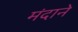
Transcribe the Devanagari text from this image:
मंदाने